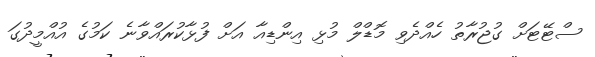
ސްޓޭޓަށް ގުޖުރާތު ހެއްދެވި މޮޑްލް މުޅި އިންޑިއާ އަށް ފުޅާކުރައްވާނެ ކަމުގެ އުއްމީދުގަ